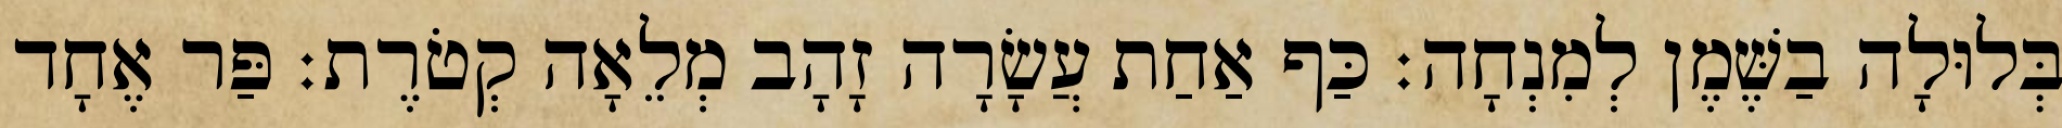
בְּלוּלָה בַשֶּׁמֶן לְמִנְחָה׃ כַּף אַחַת עֲשָׂרָה זָהָב מְלֵאָה קְטֹרֶת׃ פַּר אֶחָד